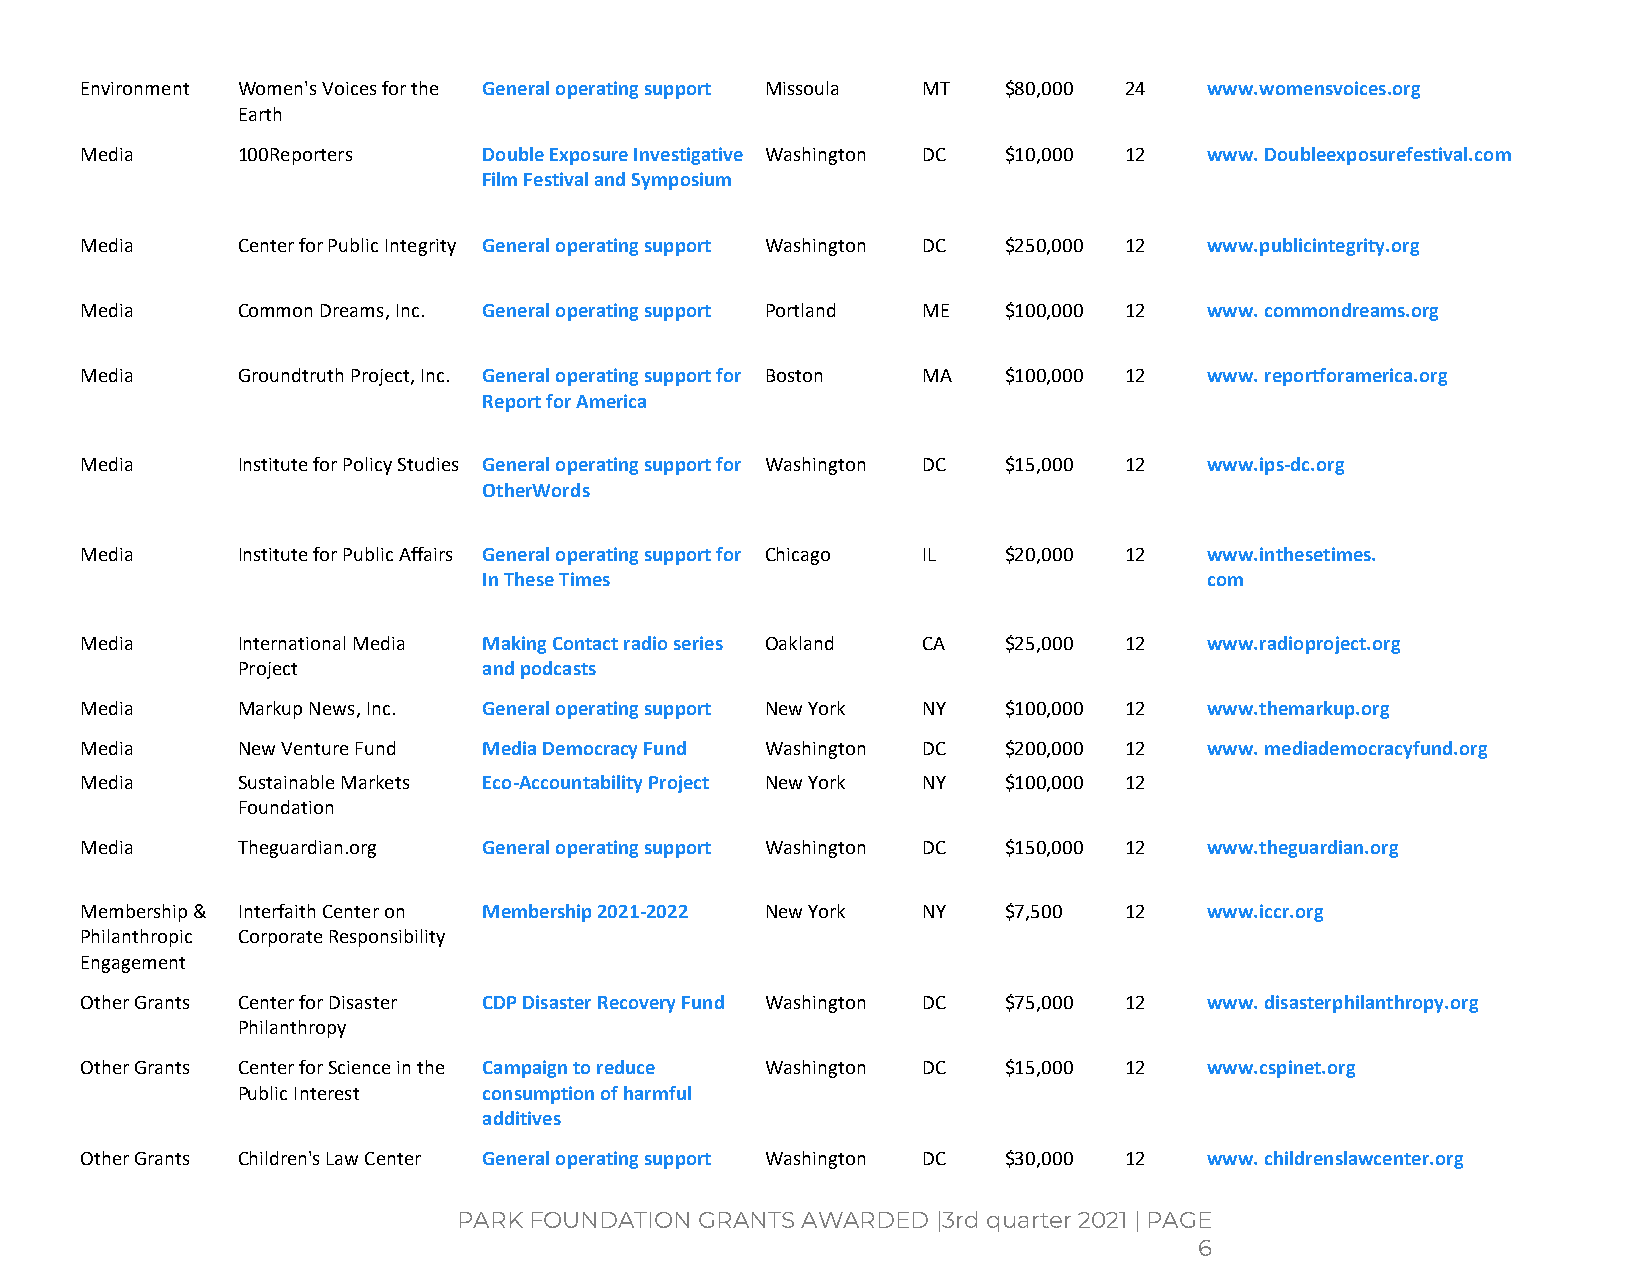
Environment Women's Voices for the General operating support Missoula MT $80,000 24 www.womensvoices.org
 Earth
 Media      100Reporters    Double Exposure Investigative Washington DC $10,000 12 www. Doubleexposurefestival.com
 Film Festival and Symposium
 Media      Center for Public Integrity General operating support Washington DC $250,000 12 www.publicintegrity.org
 Media      Common Dreams, Inc. General operating support Portland ME $100,000 12 www. commondreams.org
 Media      Groundtruth Project, Inc. General operating support for Boston MA $100,000 12 www. reportforamerica.org
 Report for America
 Media      Institute for Policy Studies General operating support for Washington DC $15,000 12 www.ips-dc.org
 OtherWords
 Media      Institute for Public Affairs General operating support for Chicago IL $20,000 12 www.inthesetimes.
 In These Times                                  com
 Media      International Media Making Contact radio series Oakland CA $25,000 12 www.radioproject.org
 Project         and podcasts
 Media      Markup News, Inc. General operating support New York NY $100,000 12 www.themarkup.org
 Media      New Venture Fund Media Democracy Fund Washington DC $200,000 12 www. mediademocracyfund.org
 Media      Sustainable Markets Eco-Accountability Project New York NY $100,000 12
 Foundation
 Media      Theguardian.org General operating support Washington DC $150,000 12 www.theguardian.org
 Membership & Interfaith Center on Membership 2021-2022 New York NY $7,500 12 www.iccr.org
 Philanthropic Corporate Responsibility
 Engagement
 Other Grants Center for Disaster CDP Disaster Recovery Fund Washington DC $75,000 12 www. disasterphilanthropy.org
 Philanthropy
 Other Grants Center for Science in the Campaign to reduce Washington DC $15,000 12 www.cspinet.org
 Public Interest consumption of harmful
 additives
 Other Grants Children's Law Center General operating support Washington DC $30,000 12 www. childrenslawcenter.org
 PARK FOUNDATION GRANTS AWARDED  |3rd quarter 2021 | PAGE
 6